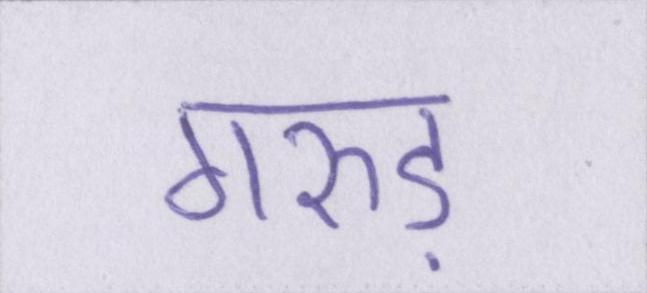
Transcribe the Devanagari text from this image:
गरुड़